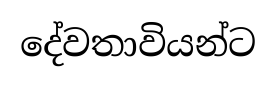
දේවතාවියන්ට